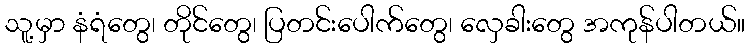
သူ့မှာ နံရံတွေ၊ တိုင်တွေ၊ ပြတင်းပေါက်တွေ၊ လှေခါးတွေ အကုန်ပါတယ်။